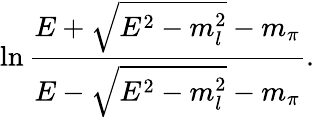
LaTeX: \ln{\frac{E+\sqrt{E^{2}-m_{l}^{2}}-m_{\pi}}{E-\sqrt{E^{2}-m_{l}^{2}}-m_{\pi}}}.